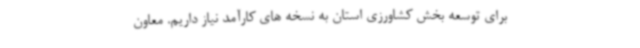
برای توسعه بخش کشاورزی استان به نسخه های کارآمد نیاز داریم. معاون